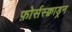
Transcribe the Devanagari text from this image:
फ़ोर्सस्क्वाड्रन